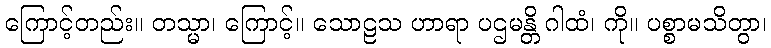
ကြောင့်တည်း။ တသ္မာ၊ ကြောင့်။ သောဠသ ဟာရာ ပဌမန္တိ ဂါထံ၊ ကို။ ပစ္စာမသိတွာ၊